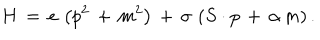
H \, = \, e \, \left( p ^ { 2 } \, + \, m ^ { 2 } \right) \, + \, \sigma \, \left( S \cdot p \, + \, \alpha \, m \right) .